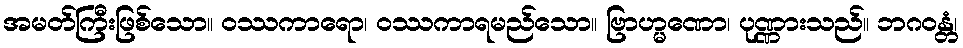
အမတ်ကြီးဖြစ်သော။ ဝဿကာရော၊ ဝဿကာရမည်သော။ ဗြာဟ္မဏော၊ ပုဏ္ဏားသည်။ ဘဂဝန္တံ၊